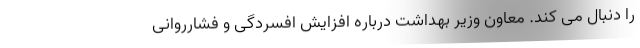
را دنبال می کند. معاون وزیر بهداشت درباره افزایش افسردگی و فشارروانی